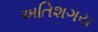
અતિશગય